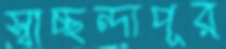
স্বাচ্ছন্দ্যপূর্